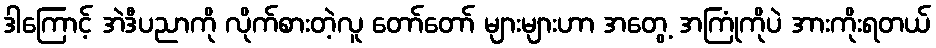
ဒါကြောင့် အဲဒီပညာကို လိုက်စားတဲ့လူ တော်တော် များများဟာ အတွေ့ အကြုံကိုပဲ အားကိုးရတယ်